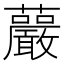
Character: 䕾